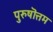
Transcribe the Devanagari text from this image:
पुरुषॊत्तम